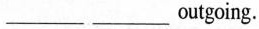
___outgoing.